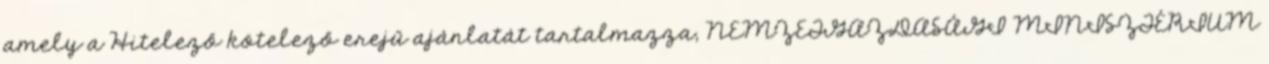
amely a Hitelező kötelező erejű ajánlatát tartalmazza, NEMZETGAZDASÁGI MINISZTÉRIUM